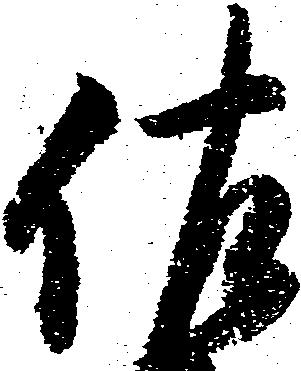
佐